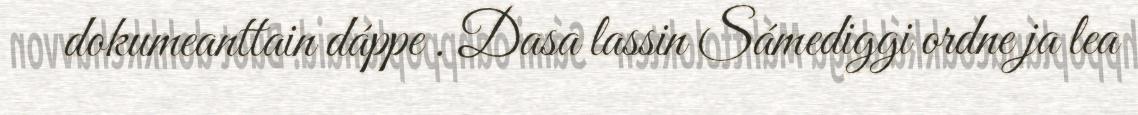
dokumeanttain dáppe . Dasa lassin Sámediggi ordne ja lea